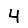
Digit: 4